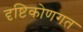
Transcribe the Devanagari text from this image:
दृष्टिकोणगत